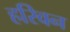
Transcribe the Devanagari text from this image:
हरिवन